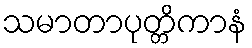
သမာတာပုတ္တိကာနံ